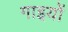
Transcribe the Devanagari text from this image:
गाइयों